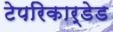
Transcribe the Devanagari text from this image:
टेपरिकार्डेड